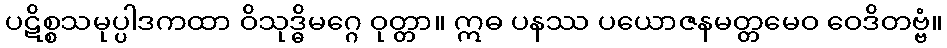
ပဋိစ္စသမုပ္ပါဒကထာ ဝိသုဒ္ဓိမဂ္ဂေ ဝုတ္တာ။ ဣဓ ပနဿ ပယောဇနမတ္တမေဝ ဝေဒိတဗ္ဗံ။